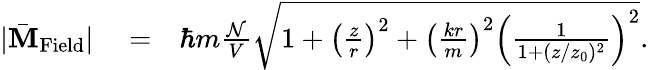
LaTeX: \begin{array}{rlr}{|\bar{\mathbf M}_{\mathrm{Field}}|}&{{}=}&{\hbar m\frac{\mathcal N}{V}\sqrt{1+\left(\frac{z}{r}\right)^{2}+\left(\frac{kr}{m}\right)^{2}\left(\frac{1}{1+(z/z_{0})^{2}}\right)^{2}}.}\end{array}